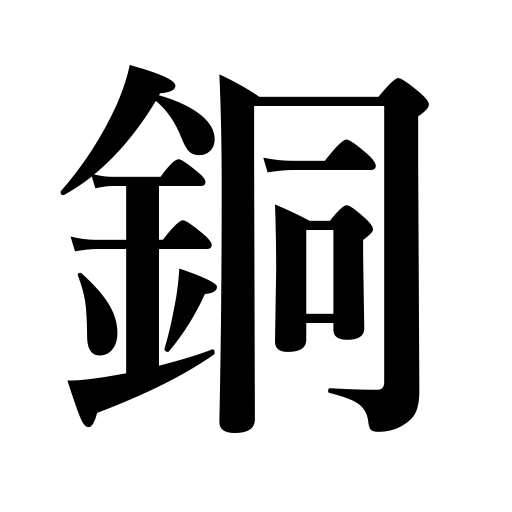
Meanings: copper